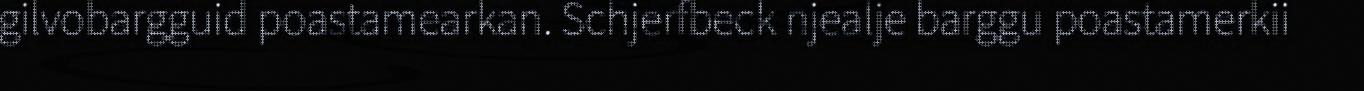
gilvobargguid poastamearkan. Schjerfbeck njealje barggu poastamerkii